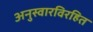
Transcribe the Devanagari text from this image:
अनुस्वारविरहित